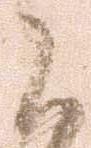
候